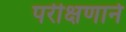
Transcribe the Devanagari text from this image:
परीक्षणाने